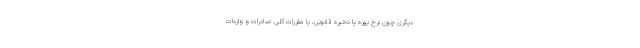
دیگری چون نرخ بهره یا ذخیره قانونی، یا مقررات کلی صادرات و واردات